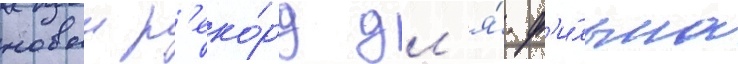
новыи р'еко́рд дл'я́ ф'и́льма